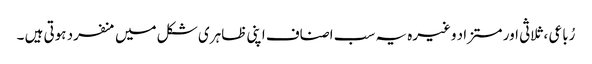
رُباعی ، ثلاثی اور مستزاد وغیرہ یہ سب اصناف اپنی ظاہری شکل میں منفرد ہوتی ہیں ۔